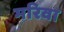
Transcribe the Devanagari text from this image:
मरिवा